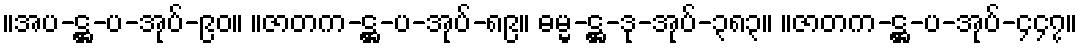
။အပ-ဋ္ဌ-ပ-အုပ်-၉၀။ ။ဇာတက-ဋ္ဌ-ပ-အုပ်-၈၉။ ဓမ္မ-ဋ္ဌ-ဒု-အုပ်-၃၈၃။ ။ဇာတက-ဋ္ဌ-ပ-အုပ်-၄၄၇။